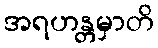
အရဟန္တမှာတိ